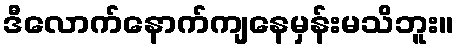
ဒီလောက်နောက်ကျနေမှန်းမသိဘူး။